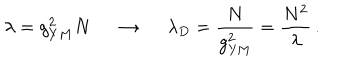
LaTeX: \lambda = g _ { Y M } ^ { 2 } N \, \; \rightarrow \, \; \lambda _ { D } = \frac { N } { g _ { \mathrm { Y M } } ^ { 2 } } = \frac { N ^ { 2 } } { \lambda } \, .